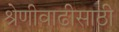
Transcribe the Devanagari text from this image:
श्रेणीवाढीसाठी